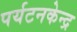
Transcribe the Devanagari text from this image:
पर्यटनकेन्द्र